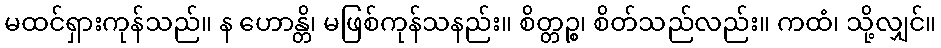
မထင်ရှားကုန်သည်။ န ဟောန္တိ၊ မဖြစ်ကုန်သနည်း။ စိတ္တဉ္စ၊ စိတ်သည်လည်း။ ကထံ၊ သို့လျှင်။